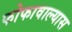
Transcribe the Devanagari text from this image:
फोफावाल्यास